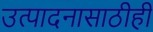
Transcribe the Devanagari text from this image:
उत्पादनासाठीही